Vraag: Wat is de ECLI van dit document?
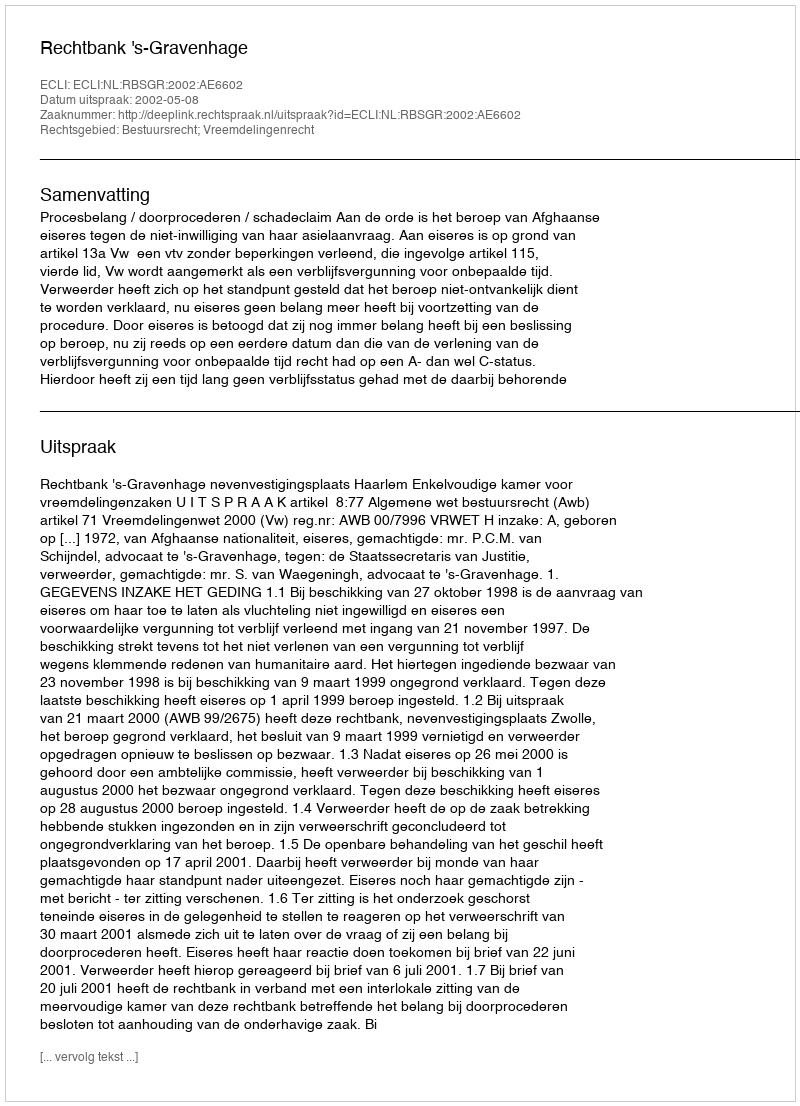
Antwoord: ECLI:NL:RBSGR:2002:AE6602